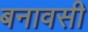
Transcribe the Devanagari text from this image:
बनावसी